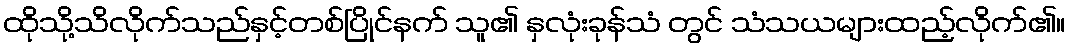
ထိုသို့သိလိုက်သည်နှင့်တစ်ပြိုင်နက် သူ၏ နှလုံးခုန်သံ တွင် သံသယများထည့်လိုက်၏။